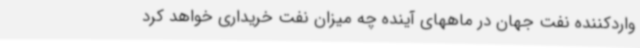
واردکننده نفت جهان در ماههای آینده چه میزان نفت خریداری خواهد کرد